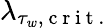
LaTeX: \lambda_{\tau_{w},\mathrm{~c~r~i~t~.~}}